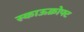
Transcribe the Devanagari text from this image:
स्काऊक्रोफ्ट